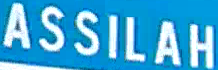
ASSILAH